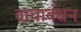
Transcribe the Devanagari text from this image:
वाचाबंधन